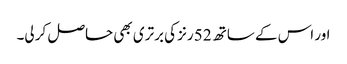
اور اس کے ساتھ 52 رنز کی برتری بھی حاصل کر لی۔